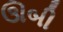
ઊબી